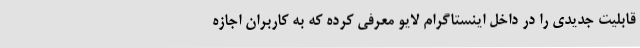
قابلیت جدیدی را در داخل اینستاگرام لایو معرفی کرده که به کاربران اجازه